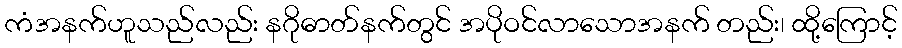
ကံအနက်ဟူသည်လည်း နဂိုဓာတ်နက်တွင် အပိုဝင်လာသောအနက် တည်း၊ ထို့ကြောင့်